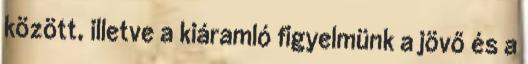
között, illetve a kiáramló figyelmünk a jövő és a